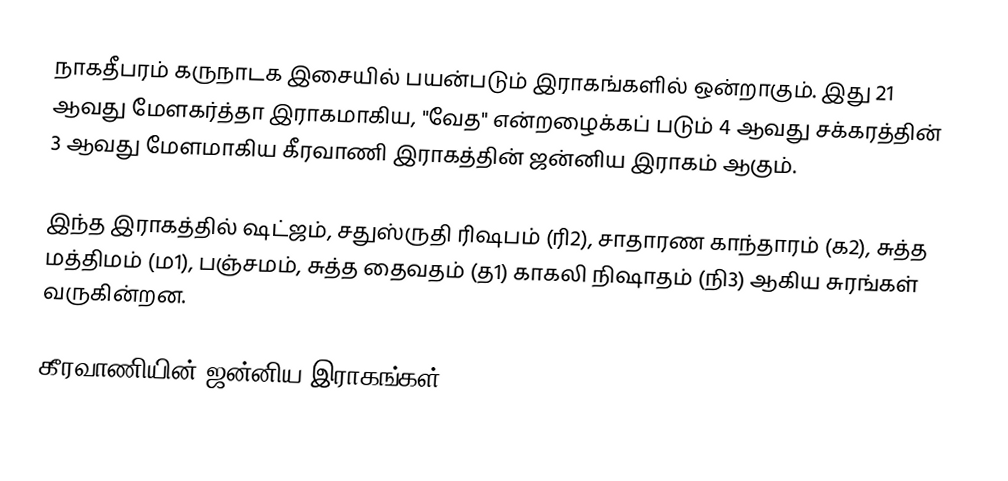
நாகதீபரம் கருநாடக இசையில் பயன்படும் இராகங்களில் ஒன்றாகும். இது 21 ஆவது மேளகர்த்தா இராகமாகிய, "வேத" என்றழைக்கப் படும் 4 ஆவது சக்கரத்தின் 3 ஆவது மேளமாகிய கீரவாணி இராகத்தின் ஜன்னிய இராகம் ஆகும்.

இந்த இராகத்தில் ஷட்ஜம், சதுஸ்ருதி ரிஷபம் (ரி2),  சாதாரண காந்தாரம் (க2), சுத்த மத்திமம் (ம1), பஞ்சமம்,  சுத்த தைவதம் (த1) காகலி நிஷாதம்  (நி3) ஆகிய சுரங்கள் வருகின்றன.

கீரவாணியின் ஜன்னிய இராகங்கள்